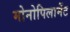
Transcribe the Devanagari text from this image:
मोनोपिलामेंट